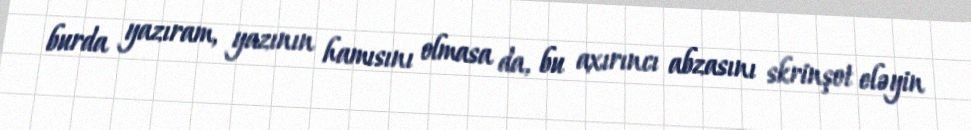
burda yazıram, yazının hamısını olmasa da, bu axırıncı abzasını skrinşot eləyin